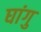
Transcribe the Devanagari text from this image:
घांगु